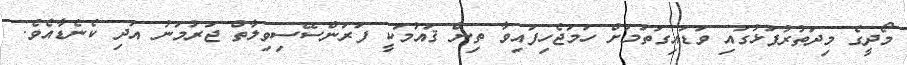
މޯދީގެ މިދަތުރުފުޅުގައި ވަޑައިގަތުމަށް ހަމަޖެހިފައިވާ ތިން ޤައުމަކީ ފަރަންސޭސިވިލާތް ޖަރުމަނު އަދި ކެނެޑާއެވެ.